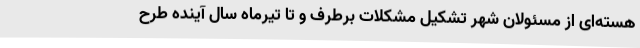
هسته‌ای از مسئولان شهر تشکیل مشکلات برطرف و تا تیرماه سال آینده طرح